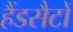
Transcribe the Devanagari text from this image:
हैंडसैटों